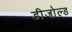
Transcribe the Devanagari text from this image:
डीजोल्ड